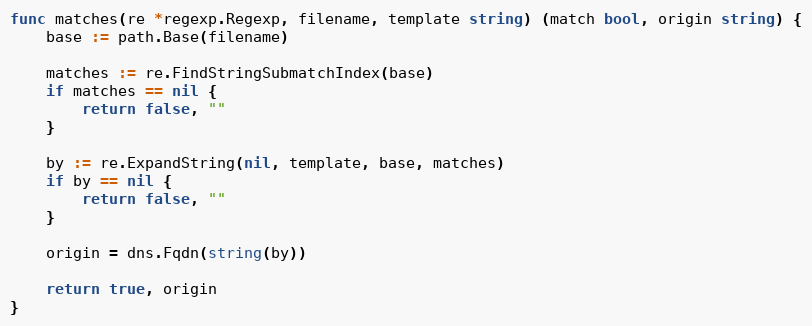
Language: Go
func matches(re *regexp.Regexp, filename, template string) (match bool, origin string) {
	base := path.Base(filename)

	matches := re.FindStringSubmatchIndex(base)
	if matches == nil {
		return false, ""
	}

	by := re.ExpandString(nil, template, base, matches)
	if by == nil {
		return false, ""
	}

	origin = dns.Fqdn(string(by))

	return true, origin
}